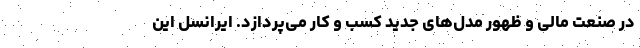
در صنعت مالی و ظهور مدل‌های جدید کسب و کار می‌پردازد. ایرانسل این